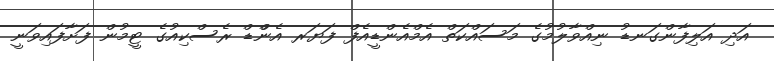
އަދި އަލިފާންގަނޑު ނިއްވާލުމުގެ މަސައްކަތް އެމްއެންޑީއެފް ފަޔަރ އެންްޑް ރެސްކިއުގެ ޓީމުން ފަށާފައިވަނީ